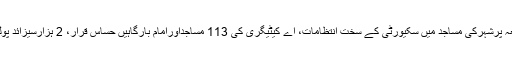
18 مئی2018ء) رمضان المبارک کے پہلے جمعہ پرشہرکی مساجد میں سکیورٹی کے سخت انتظامات، اے کیٹیگری کی 113 مساجداورامام بارگاہیں حساس قرار، 2 ہزارسیزائد پولیس اہلکار اور15 ہزار رضاکاروں نے ڈیوٹی دی۔